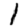
Digit: 1